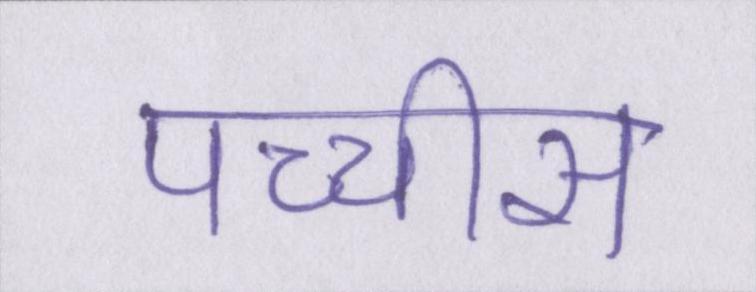
पच्चीस